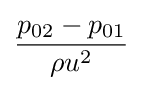
{\frac {p_{02}-p_{01}}{{\rho }{u^{2}}}}\